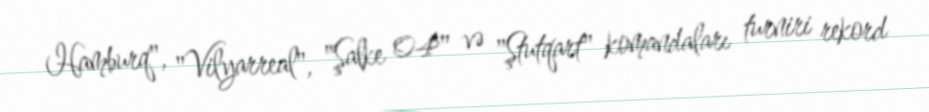
Hamburq", "Vilyarreal", "Şalke 04" və "Ştutqart" komandaları turniri rekord